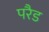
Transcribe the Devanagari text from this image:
परैड